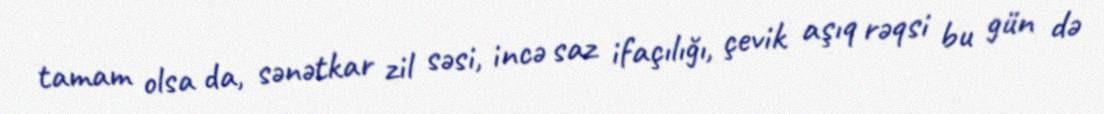
tamam olsa da, sənətkar zil səsi, incə saz ifaçılığı, çevik aşıq rəqsi bu gün də